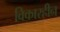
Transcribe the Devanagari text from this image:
विकारहीन